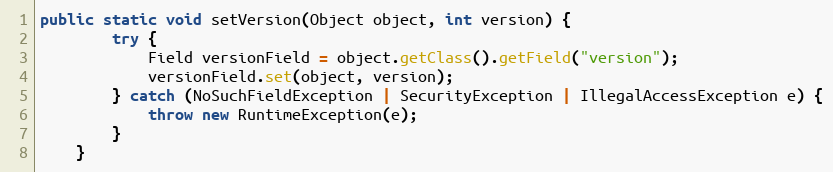
Language: Java
public static void setVersion(Object object, int version) {
		try {
			Field versionField = object.getClass().getField("version");
			versionField.set(object, version);
		} catch (NoSuchFieldException | SecurityException | IllegalAccessException e) {
			throw new RuntimeException(e);
		}
	}